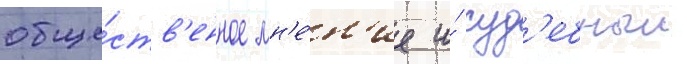
обще́ств'енное мн'е́н'ие и́ суд'ебныи